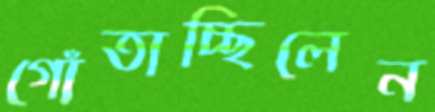
গোঁতাচ্ছিলেন